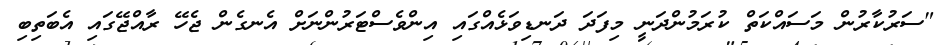
"ސަރުކާރުން މަސައްކަތް ކުރަމުންދަނީ މިފަދަ ދަނޑިވަޅެއްގައި އިންވެސްޓަރުންނަށް އެނގެން ޖެހޭ ރާއްޖޭގައި އެބަތިބި